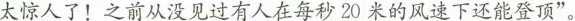
太惊人了！之前从没见过有人在每秒20米的风速下还能登顶”。